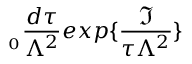
_ { _ { 0 } } \frac { d \tau } { \Lambda ^ { 2 } } e x p \{ \frac { \Im } { \tau \Lambda ^ { 2 } } \}